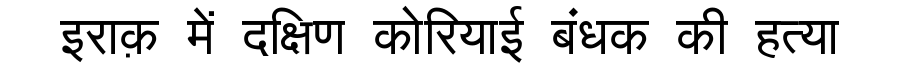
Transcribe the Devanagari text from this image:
इराक़ में दक्षिण कोरियाई बंधक की हत्या